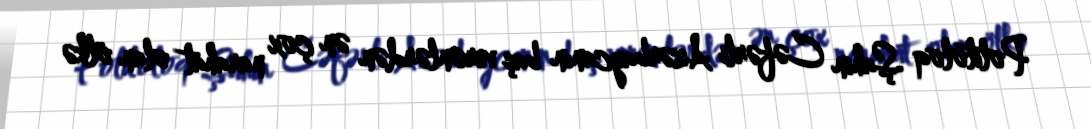
Politoloq Şahin Cəfərli Azərbaycanın baş verənlərdən ən çox narahat olan ölkə